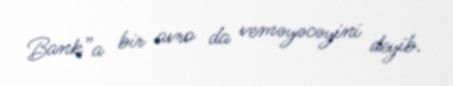
Bank”a bir avro da veməyəcəyini deyib.